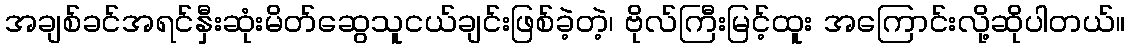
အချစ်ခင်အရင်နှီးဆုံးမိတ်ဆွေသူငယ်ချင်းဖြစ်ခဲ့တဲ့၊ ဗိုလ်ကြီးမြင့်ထူး အကြောင်းလို့ဆိုပါတယ်။